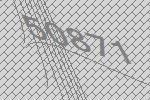
50871